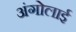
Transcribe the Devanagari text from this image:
अंगोलाई